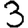
Digit: 3